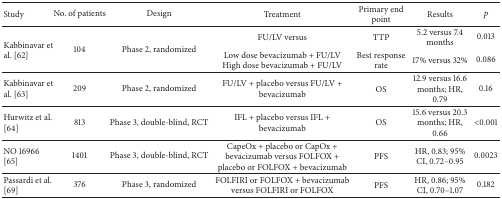
<table><thead><tr><td><b>Study</b></td><td><b> No. of patients</b></td><td><b> Design </b></td><td><b>Treatment</b></td><td><b>Primary end point</b></td><td><b>Results</b></td><td><b><i>p</i></b></td></tr></thead><tbody><tr><td rowspan="2"> Kabbinavar et al. [62] </td><td rowspan="2"> 104</td><td rowspan="2"> Phase 2, randomized</td><td>FU/LV versus</td><td>TTP</td><td>5.2 versus 7.4 months</td><td>0.013</td></tr><tr><td>Low dose bevacizumab + FU/LVHigh dose bevacizumab + FU/LV</td><td>Best response rate</td><td>17% versus 32%</td><td>0.086</td></tr><tr><td>Kabbinavar et al. [63] </td><td>209</td><td>Phase 2, randomized </td><td>FU/LV + placebo versus FU/LV + bevacizumab</td><td>OS </td><td>12.9 versus 16.6 months; HR, 0.79</td><td>0.16</td></tr><tr><td>Hurwitz et al. [64] </td><td>813 </td><td>Phase 3, double-blind, RCT </td><td>IFL + placebo versus IFL + bevacizumab</td><td>OS </td><td>15.6 versus 20.3 months; HR, 0.66</td><td>&lt;0.001</td></tr><tr><td>NO 16966 [65] </td><td>1401 </td><td>Phase 3, double-blind, RCT </td><td>CapeOx + placebo or CapOx + bevacizumab versus FOLFOX + placebo or FOLFOX + bevacizumab</td><td>PFS</td><td>HR, 0.83; 95% CI, 0.72–0.95</td><td>0.0023</td></tr><tr><td>Passardi et al. [69] </td><td>376 </td><td>Phase 3, randomized </td><td>FOLFIRI or FOLFOX + bevacizumab versus FOLFIRI or FOLFOX</td><td>PFS</td><td>HR, 0.86; 95% CI, 0.70–1.07</td><td>0.182</td></tr></tbody></table>